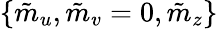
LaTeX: \{ \tilde{m}_{u},\tilde{m}_{v}=0,\tilde{m}_{z}\}